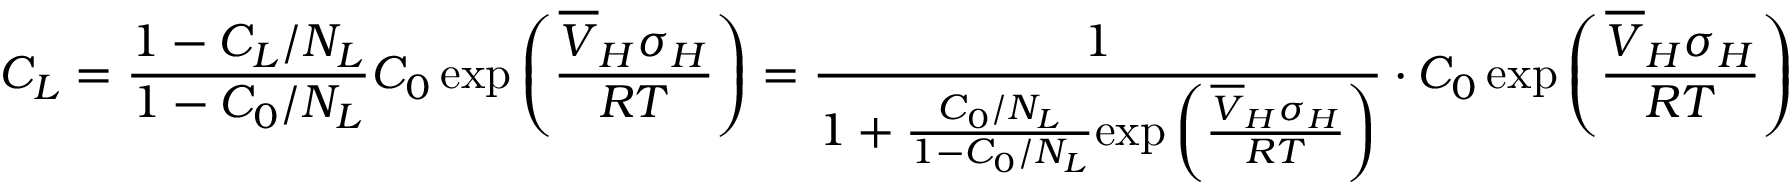
C _ { L } = \frac { 1 - C _ { L } / N _ { L } } { 1 - C _ { 0 } / N _ { L } } C _ { 0 } \, \mathrm { e x p } \left( \frac { \overline { { V } } _ { H } \sigma _ { H } } { R T } \right) = \frac { 1 } { 1 + \frac { C _ { 0 } / N _ { L } } { 1 - C _ { 0 } / N _ { L } } \mathrm { e x p } \left( \frac { \overline { { V } } _ { H } \sigma _ { H } } { R T } \right) } \cdot C _ { 0 } \, \mathrm { e x p } \left( \frac { \overline { { V } } _ { H } \sigma _ { H } } { R T } \right)